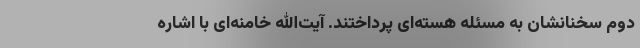
دوم سخنانشان به مسئله هسته‌ای پرداختند. آیت‌الله خامنه‌ای با اشاره